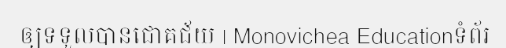
ឲ្យទទួលបានជោគជ័យ | Monovichea Educationទំព័រ